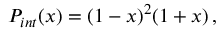
P _ { i n t } ( x ) = ( 1 - x ) ^ { 2 } ( 1 + x ) \, ,